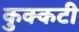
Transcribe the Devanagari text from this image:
कुक्कटी